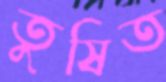
তুষিত